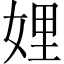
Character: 娌